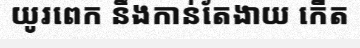
យូរពេក នឹងកាន់តែងាយ កើត